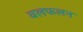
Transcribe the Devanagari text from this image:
वलफलन